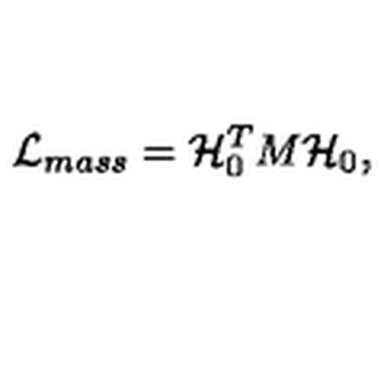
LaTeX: { \cal L } _ { m a s s } = { \cal H } _ { 0 } ^ { T } M { \cal H } _ { 0 } ,